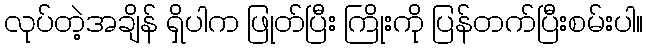
လုပ်တဲ့အချိန် ရှိပါက ဖြုတ်ပြီး ကြိုးကို ပြန်တက်ပြီးစမ်းပါ။